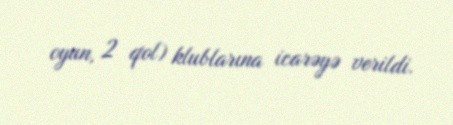
oyun, 2 qol) klublarına icarəyə verildi.